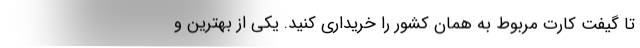
تا گیفت کارت مربوط به همان کشور را خریداری کنید. یکی از بهترین و